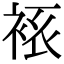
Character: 𧘾